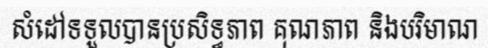
សំដៅទទួលបានប្រសិទ្ធភាព គុណភាព និងបរិមាណ